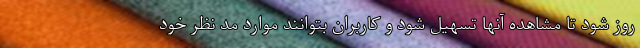
روز شود تا مشاهده آنها تسهیل شود و کاربران بتوانند موارد مد نظر خود